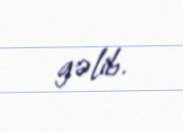
gəlib.